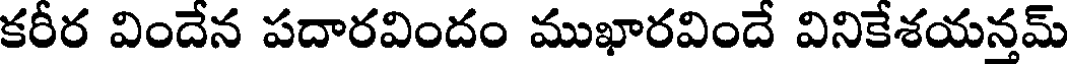
కరీర విందేన పదారవిందం ముఖారవిందే వినికేశయన్తమ్